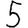
Digit: 5